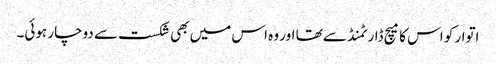
اتوار کو اس کا میچ ڈارٹمنڈ سے تھا اور وہ اس میں بھی شکست سے دوچار ہوئی۔